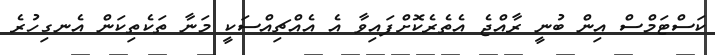
ކަސްޓަމްސް އިން ބުނީ ރާއްޖެ އެތެރެކޮށްފައިވާ އެ އެއްޗިއްސަކީ މަނާ ތަކެތިކަން އެނގިހުރެ